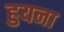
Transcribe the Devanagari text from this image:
हुयना